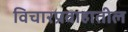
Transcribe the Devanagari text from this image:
विचारप्रवाहातील